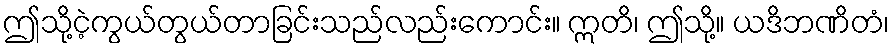
ဤသို့ငဲ့ကွယ်တွယ်တာခြင်းသည်လည်းကောင်း။ ဣတိ၊ ဤသို့။ ယဒိဘဏိတံ၊